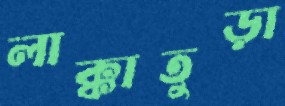
লাক্কাতুড়া